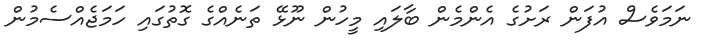
ނަމަވެސް އުފަން ރަށުގެ އެންމެން ބާލައި މީހުން ނޫޅޭ ތަނެއްގެ ގޮތުގައި ހަމަޖެއްސެމުން